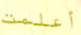
أعلمت